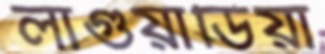
লাগুয়ার্ডিয়া